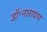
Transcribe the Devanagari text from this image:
डॉ॰नारायण